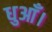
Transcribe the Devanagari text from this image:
धुआँ।